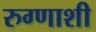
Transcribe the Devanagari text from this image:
रुग्णाशी